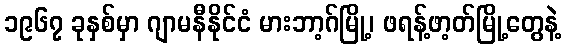
၁၉၆၇ ခုနှစ်မှာ ဂျာမနီနိုင်ငံ မားဘာ့ဂ်မြို့၊ ဖရန့်ဖာ့တ်မြို့တွေနဲ့